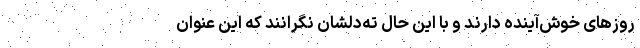
روزهای خوش‌آینده دارند و با این حال ته‌دلشان نگرانند که این عنوان